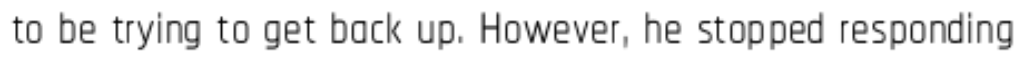
to be trying to get back up. However, he stopped responding